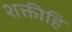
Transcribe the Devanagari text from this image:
शक्तीहि